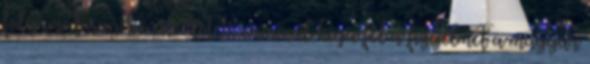
folyamatosan bővülő kötetszámmal hívja fel a figyelmet a magyar